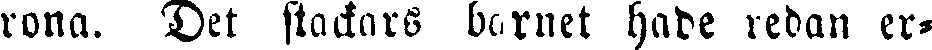
rona. Det stackars barnet hade redan er-